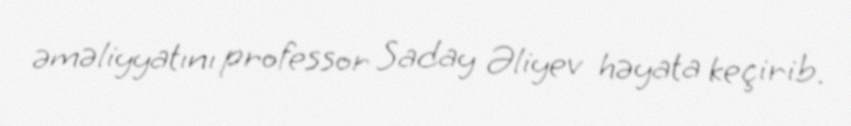
əməliyyatını professor Saday Əliyev həyata keçirib.